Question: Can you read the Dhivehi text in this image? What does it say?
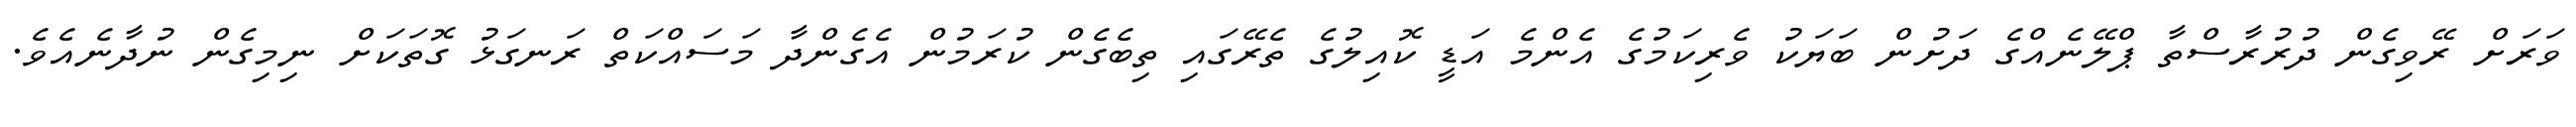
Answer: ވަރަށް ރޭވިގެން ދުރުރާސްތާ ޕްލޭނެއްގެ ދަށުން ބަޔަކު ވެރިކަމުގެ އެންމެ އަޑީ ކޮއިލުގެ ތެރޭގައި ތިބެގެން ކުރަމުން އެގެންދާ މަސައްކަތް ރަނގަޅު ގޮތަކަށް ނިމިގެން ނުދާނެއެވެ.